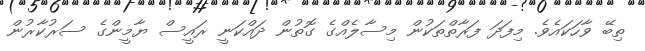
ތިބޭ ވާހަކައެވެ. މިފަދަ ފަރާތްތަކުން މިސާލެއްގެ ގޮތުން ދައްކަނީ ރައީސް ޔާމީންގެ ސަރުކާރުން